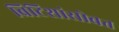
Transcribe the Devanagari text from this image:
ब्रिटिशांसोबत